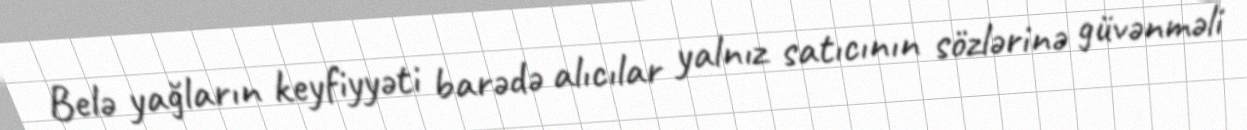
Belə yağların keyfiyyəti barədə alıcılar yalnız satıcının sözlərinə güvənməli